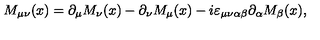
M _ { \mu \nu } ( x ) = \partial _ { \mu } M _ { \nu } ( x ) - \partial _ { \nu } M _ { \mu } ( x ) - i \varepsilon _ { \mu \nu \alpha \beta } \partial _ { \alpha } M _ { \beta } ( x ) ,